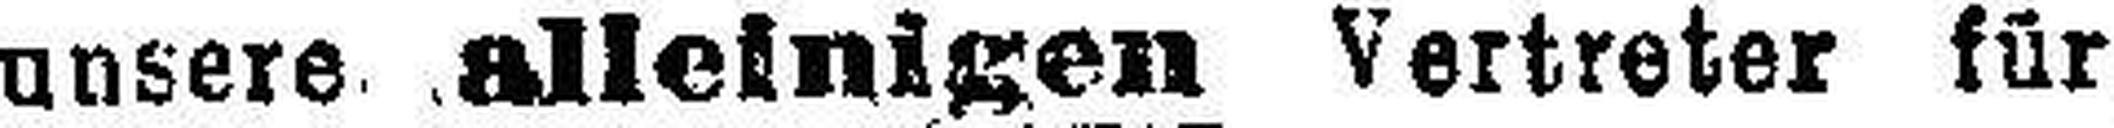
unsere alleinigen Vertreter für